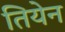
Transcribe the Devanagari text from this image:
तियेन